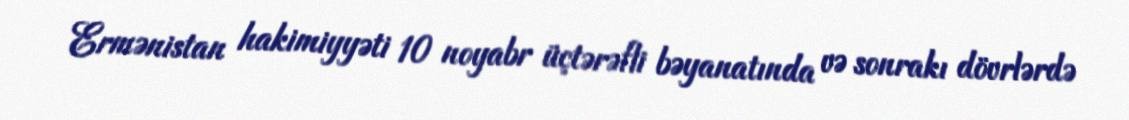
Ermənistan hakimiyyəti 10 noyabr üçtərəfli bəyanatında və sonrakı dövrlərdə